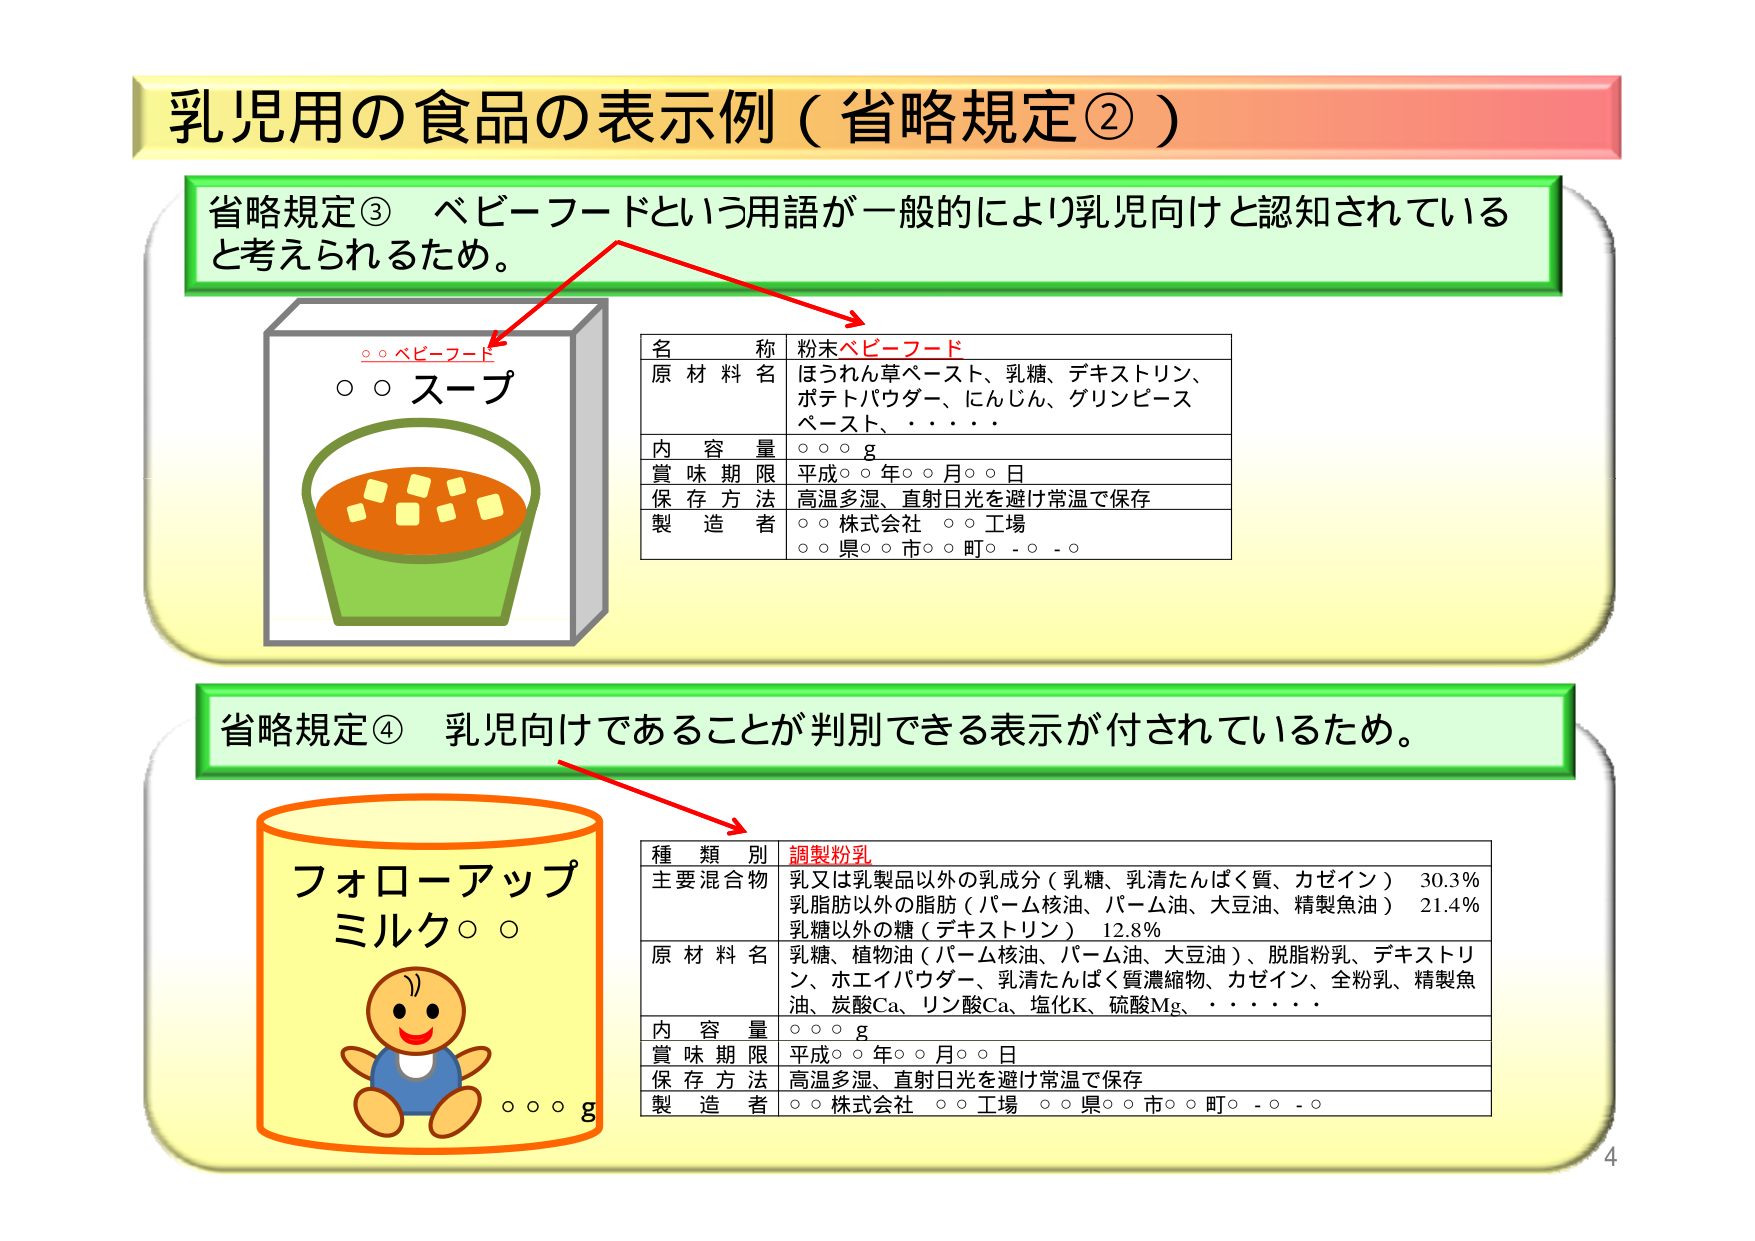
乳児用の食品の表示例（省略規定②）

省略規定③ ベビーフードという用語が一般的により乳児向けと認知されていると考えられるため。

○○ベビーフード
○○スープ

名 称 粉末ベビーフード
原 材 料 名 ほうれん草ペースト、乳糖、デキストリン、
ポテトパウダー、にんじん、グリンピース
ペースト、・・・・
内 容 量 ○○○ g
賞 味 期 限 平成○○年○○月○○日
保 存 方 法 高温多湿、直射日光を避け常温で保存
製 造 者 ○○株式会社 ○○工場
○○県○○市○○町○-○-○

省略規定④ 乳児向けであることが判別できる表示が付されているため。

フォローアップ
ミルク○○

○○○ g

種 類 別 調製粉乳
主 要 混 合 物 乳又は乳製品以外の乳成分（乳糖、乳清たんぱく質、カゼイン） 30.3%
乳脂肪以外の脂肪（パーム核油、パーム油、大豆油、精製魚油） 21.4%
乳糖以外の糖（デキストリン） 12.8%
原 材 料 名 乳糖、植物油（パーム核油、パーム油、大豆油）、脱脂粉乳、デキストリン、ホエイパウダー、乳清たんぱく質濃縮物、カゼイン、全粉乳、精製魚油、炭酸Ca、リン酸Ca、塩化K、硫酸Mg、・・・・
内 容 量 ○○○ g
賞 味 期 限 平成○○年○○月○○日
保 存 方 法 高温多湿、直射日光を避け常温で保存
製 造 者 ○○株式会社 ○○工場 ○○県○○市○○町○-○-○

4